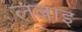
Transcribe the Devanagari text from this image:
लबाइ